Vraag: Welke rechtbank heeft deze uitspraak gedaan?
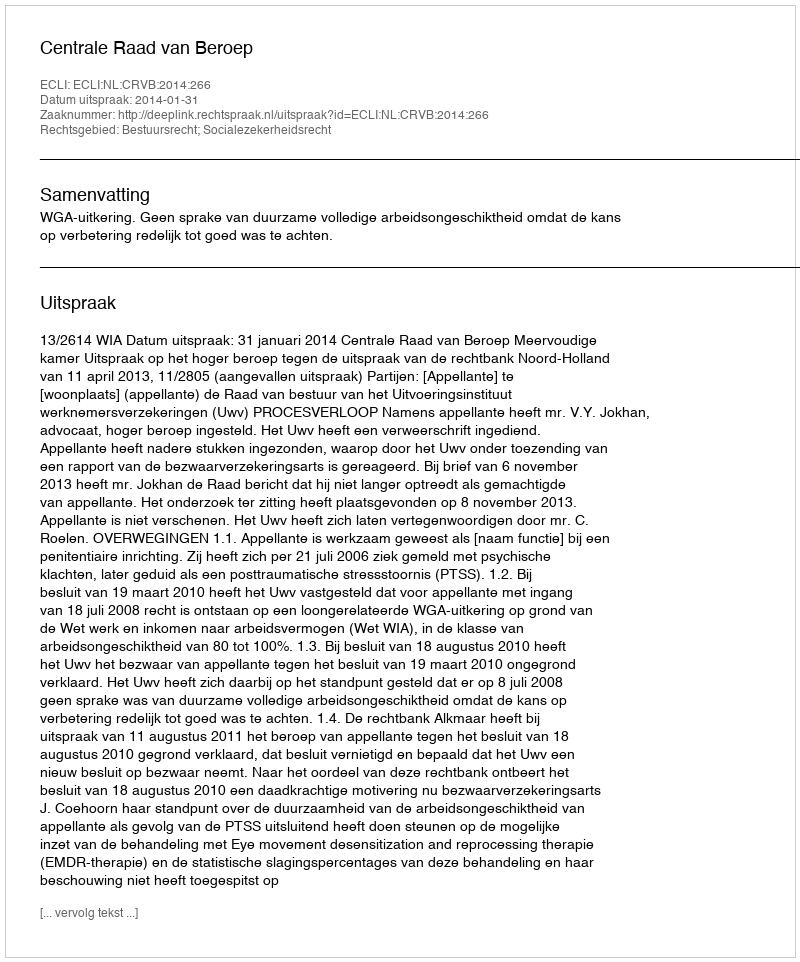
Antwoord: Centrale Raad van Beroep